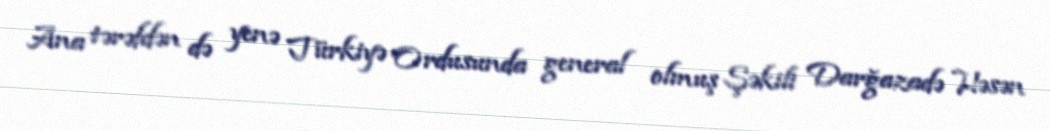
Ana tərəfdən də yenə Türkiyə Ordusunda general olmuş Şəkili Darğazadə Həsən